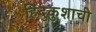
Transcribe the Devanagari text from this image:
हिंदुकुशाची